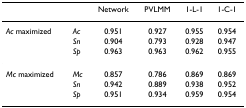
<table><thead><tr><td></td><td></td><td><b>Network</b></td><td><b>PVLMM</b></td><td><b>1-L-1</b></td><td><b>1-C-1</b></td></tr></thead><tbody><tr><td><i>Ac </i>maximized</td><td><i>Ac</i></td><td>0.951</td><td>0.927</td><td>0.955</td><td>0.954</td></tr><tr><td></td><td><i>Sn</i></td><td>0.904</td><td>0.793</td><td>0.928</td><td>0.947</td></tr><tr><td></td><td><i>Sp</i></td><td>0.963</td><td>0.963</td><td>0.962</td><td>0.955</td></tr><tr><td><i>Mc </i>maximized</td><td><i>Mc</i></td><td>0.857</td><td>0.786</td><td>0.869</td><td>0.869</td></tr><tr><td></td><td><i>Sn</i></td><td>0.942</td><td>0.889</td><td>0.938</td><td>0.952</td></tr><tr><td></td><td><i>Sp</i></td><td>0.951</td><td>0.934</td><td>0.959</td><td>0.954</td></tr></tbody></table>